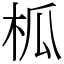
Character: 柧